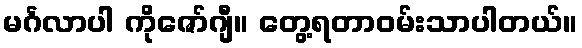
မင်္ဂလာပါ ကိုဇော်ဂျီ။ တွေ့ရတာဝမ်းသာပါတယ်။